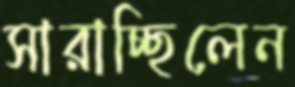
সারাচ্ছিলেন